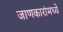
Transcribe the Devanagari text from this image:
जाणकारांमध्ये